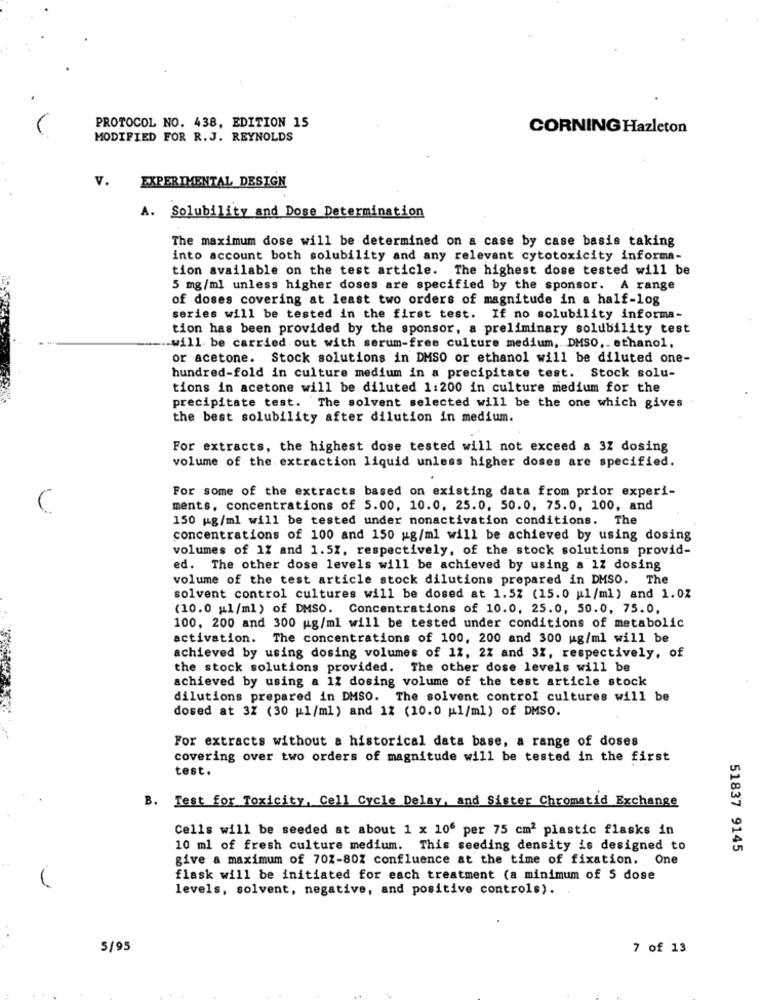
PROTOCOL NO. 438, EDITION 15
CORNING Hazleton
MODIFIED FOR R. J. REYNOLDS
V.
EXPERIMENTAL DESIGN
A. Solubility and Dose Determination
The maximum dose will be determined on a case by case basis taking
into account both solubility and any relevant cytotoxicity informa-
tion available on the test article. The highest dose tested will be
5 mg/ml unless higher doses are specified by the sponsor. A range
of doses covering at least two orders of magnitude in a half-log
series will be tested in the first test. If no solubility informa-
tion has been provided by the sponsor, a preliminary solubility test
-- will be carried out with serum-free culture medium, DMSO ,- ethanol,
or acetone. Stock solutions in DMSO or ethanol will be diluted one-
hundred-fold in culture medium in a precipitate test. Stock solu-
tions in acetone will be diluted 1:200 in culture medium for the
precipitate test. The solvent selected will be the one which gives
the best solubility after dilution in medium.
For extracts, the highest dose tested will not exceed a 3Z dosing
volume of the. extraction liquid unless higher doses are specified.
For some of the extracts based on existing data from prior experi-
C
ments. concentrations of 5.00, 10.0, 25.0, 50.0, 75.0, 100, and
150 mg/ml will be tested under nonactivation conditions. The
concentrations of 100 and 150 ug/ml will be achieved by using dosing
volumes of 17 and 1.5%, respectively, of the stock solutions provid-
ed. The other dose levels will be achieved by using a 17 dosing
volume of the test article stock dilutions prepared in DMSO. The
solvent control cultures will be dosed at 1.52 (15.0 ul/ml) and 1.0Z
(10.0 ul/ml) of DMSO. Concentrations of 10.0, 25.0, 50.0, 75.0,
100, 200 and 300 ug/ml will be tested under conditions of metabolic
activation. The concentrations of 100, 200 and 300 ug/ml will be
achieved by using dosing volumes of 12, 2% and 3%, respectively, of
the stock solutions provided. The other dose levels will be
achieved by using a 12 dosing volume of the test article stock
dilutions prepared in DMSO. The solvent control cultures will be
dosed at 32 (30 ul/ml) and 12 (10.0 ul/ml) of DMSO.
For extracts without a historical data base, a range of doses
covering over two orders of magnitude will be tested in the first
test.
B. Test for Toxicity, Cell Cycle Delay, and Sister Chromatid Exchange
Cells will be seeded at about 1 x 106 per 75 cm2 plastic flasks in
10 ml of fresh culture medium. This seeding density is designed to
51837 9145
give a maximum of 702-80% confluence at the time of fixation. One
flask will be initiated for each treatment (a minimum of 5 dose
levels, solvent, negative, and positive controls).
5/95
7 of 13